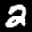
Label: 2